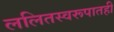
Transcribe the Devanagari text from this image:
ललितस्वरूपातही